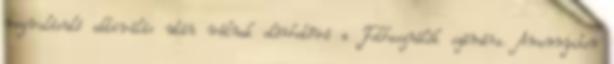
megvalósuló aktiválás után válnak elérhetővé a Felhasználók számára. Amennyiben